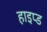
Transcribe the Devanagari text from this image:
हाइप्ड